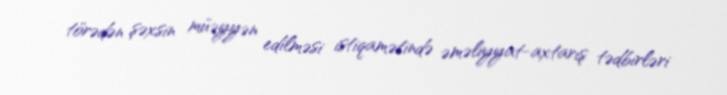
törədən şəxsin müəyyən edilməsi istiqamətində əməliyyat-axtarış tədbirləri